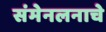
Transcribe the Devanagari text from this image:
संमेनलनाचे